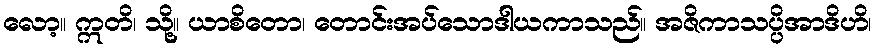
လော့။ ဣတိ၊ သို့။ ယာစိတော၊ တောင်းအပ်သောဒါယကာသည်။ အဇိကာသပ္ပိအာဒိဟိ၊